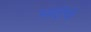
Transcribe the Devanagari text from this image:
साईचे